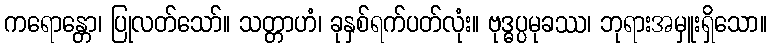
ကရောန္တော၊ ပြုလတ်သော်။ သတ္တာဟံ၊ ခုနှစ်ရက်ပတ်လုံး။ ဗုဒ္ဓပ္ပမုခဿ၊ ဘုရားအမှူးရှိသော။